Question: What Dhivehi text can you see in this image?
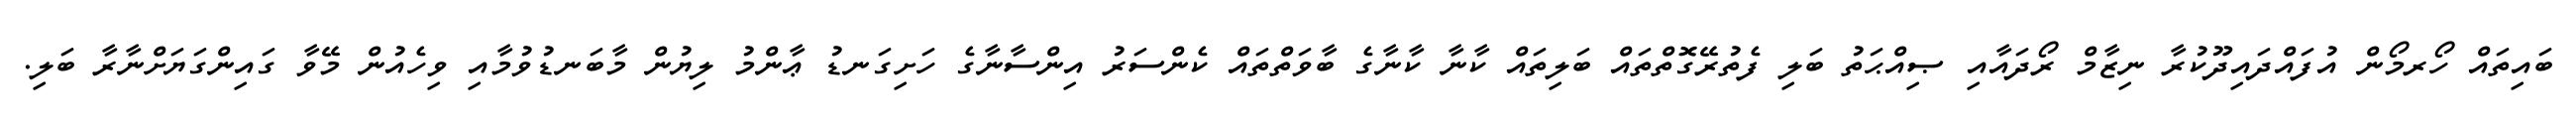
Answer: ބައިތައް ހޯރމޯން އުފައްދައިދޫކުރާ ނިޒާމް ރޯދައާއި ޞިއްޙަތު ބަލި ފެތުރޭގޮތްތައް ބަލިތައް ކާނާ ކާނާގެ ބާވަތްތައް ކެންސަރު އިންސާނާގެ ހަށިގަނޑު ޢާންމު ލިޔުން މާބަނޑުވުމާއި ވިހެއުން މޭވާ ގައިންގަޔަށްނާރާ ބަލި.